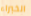
الخبراء